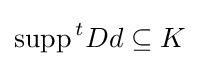
\operatorname {supp} {}^{t}Dd\subseteq K